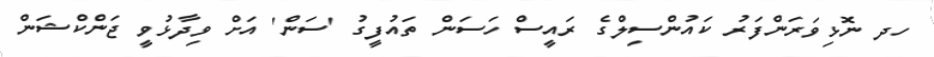
ހދ ނޮޅިވަރަންފަރު ކައުންސިލްގެ ރައީސް ހަސަން ތައުފީގު 'ސަން' އަށް ވިދާޅުވީ ޖަންކްޝަން